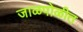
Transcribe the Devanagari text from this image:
जाळपोळीत